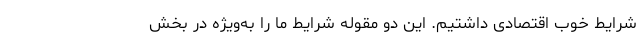
شرایط خوب اقتصادی داشتیم. این دو مقوله شرایط ما را به‌ویژه در بخش